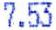
7.53